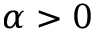
\alpha > 0